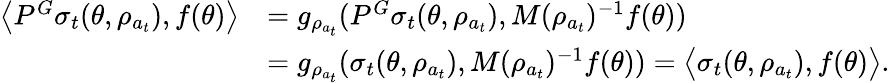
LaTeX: \begin{array}{rl}{\bigl\langle P^{G}\sigma_{t}(\theta,\rho_{a_{t}}),f(\theta)\bigr\rangle}&{=g_{\rho_{a_{t}}}(P^{G}\sigma_{t}(\theta,\rho_{a_{t}}),M(\rho_{a_{t}})^{-1}f(\theta))}\\ &{=g_{\rho_{a_{t}}}(\sigma_{t}(\theta,\rho_{a_{t}}),M(\rho_{a_{t}})^{-1}f(\theta))=\bigl\langle\sigma_{t}(\theta,\rho_{a_{t}}),f(\theta)\bigr\rangle.}\end{array}